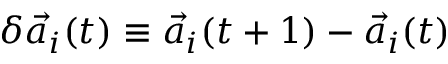
\delta \vec { a } _ { i } ( t ) \equiv \vec { a } _ { i } ( t + 1 ) - \vec { a } _ { i } ( t )